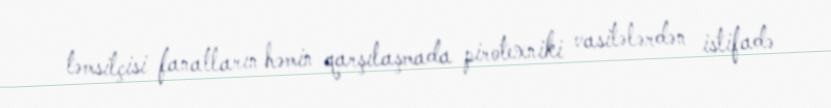
təmsilçisi fanatların həmin qarşılaşmada pirotexniki vasitələrdən istifadə